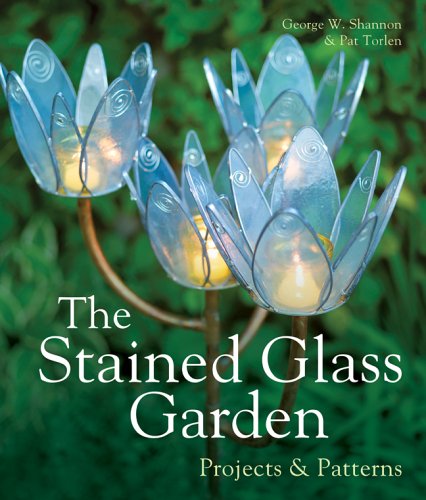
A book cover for The Stained Glass Garden: Projects & Patterns; George W. Shannon; Crafts, Hobbies & Home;